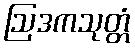
ဩဒကသုတ္တံ